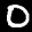
Label: 0